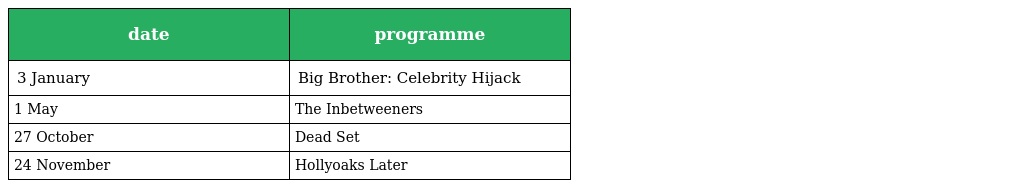
| date | programme |
 | --- | --- |
 | 3 January | Big Brother: Celebrity Hijack |
 | 1 May | The Inbetweeners |
 | 27 October | Dead Set |
 | 24 November | Hollyoaks Later |